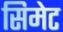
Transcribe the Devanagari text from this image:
सिमेट